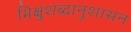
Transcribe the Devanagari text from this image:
भिक्षुशब्दानुशासन